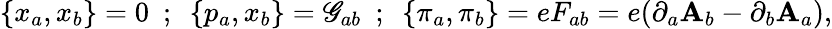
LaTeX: \{ x_{a},x_{b}\} =0~~;~~\{ p_{a},x_{b}\} =\mathscr{G}_{ab}~~;~~\{ \pi_{a},\pi_{b}\} =eF_{ab}=e(\partial_{a}\mathbf{A}_{b}-\partial_{b}\mathbf{A}_{a}),